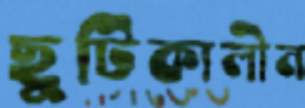
ছুটিকালীন